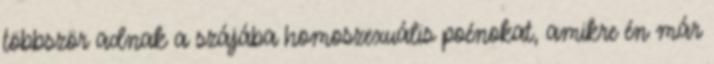
többször adnak a szájába homoszexuális poénokat, amikre én már